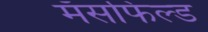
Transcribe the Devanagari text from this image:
मॅसफिल्ड